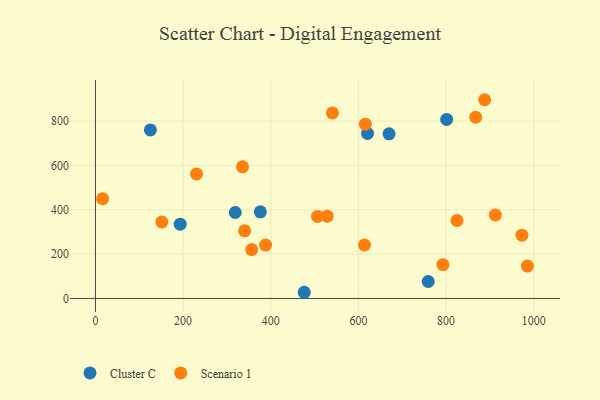
{"axis": {"x": "Speed", "y": "Yield"}, "legend": ["Cluster C", "Scenario 1"], "data": [{"x": "476.4", "y": 27.9, "type": "Cluster C"}, {"x": "125.4", "y": 759.8, "type": "Cluster C"}, {"x": "319.0", "y": 387.6, "type": "Cluster C"}, {"x": "759.3", "y": 76.4, "type": "Cluster C"}, {"x": "670.0", "y": 742.3, "type": "Cluster C"}, {"x": "620.8", "y": 744.3, "type": "Cluster C"}, {"x": "193.4", "y": 334.9, "type": "Cluster C"}, {"x": "376.3", "y": 390.8, "type": "Cluster C"}, {"x": "801.4", "y": 807.5, "type": "Cluster C"}, {"x": "388.2", "y": 240.8, "type": "Scenario 1"}, {"x": "16.4", "y": 450.2, "type": "Scenario 1"}, {"x": "506.7", "y": 370.1, "type": "Scenario 1"}, {"x": "356.6", "y": 220.6, "type": "Scenario 1"}, {"x": "230.6", "y": 561.8, "type": "Scenario 1"}, {"x": "973.2", "y": 285.5, "type": "Scenario 1"}, {"x": "613.9", "y": 241.1, "type": "Scenario 1"}, {"x": "867.6", "y": 817.1, "type": "Scenario 1"}, {"x": "540.8", "y": 836.8, "type": "Scenario 1"}, {"x": "528.8", "y": 371.1, "type": "Scenario 1"}, {"x": "335.6", "y": 593.6, "type": "Scenario 1"}, {"x": "888.1", "y": 896.2, "type": "Scenario 1"}, {"x": "615.9", "y": 785.9, "type": "Scenario 1"}, {"x": "340.4", "y": 304.8, "type": "Scenario 1"}, {"x": "912.5", "y": 376.4, "type": "Scenario 1"}, {"x": "151.5", "y": 345.3, "type": "Scenario 1"}, {"x": "825.0", "y": 351.6, "type": "Scenario 1"}, {"x": "792.9", "y": 152.2, "type": "Scenario 1"}, {"x": "985.6", "y": 146.1, "type": "Scenario 1"}]}